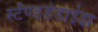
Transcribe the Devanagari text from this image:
स्टॅण्डर्डडाईझ